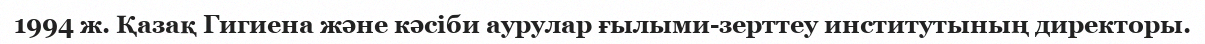
1994 ж. Қазақ Гигиена және кәсіби аурулар ғылыми-зерттеу институтының директоры.